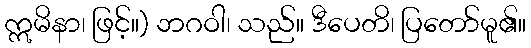
ဣမိနာ၊ ဖြင့်။) ဘဂဝါ၊ သည်။ ဒီပေတိ၊ ပြတော်မူ၏။